Insane asylums in Bengal annual reports 1876-1887 - 1876-1887
Year: 1876
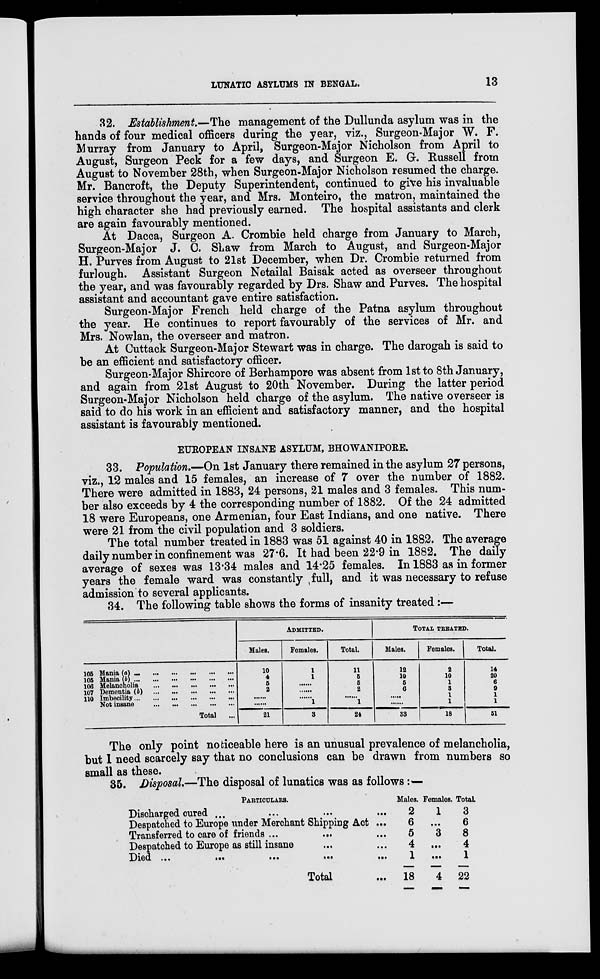
LUNATIC ASYLUMS IN BENGAL.
13
32. Establishment.—The management of the Dullunda asylum was in the
hands of four medical officers during the year, viz., Surgeon-Major W. F.
Murray from January to April, Surgeon-Major Nicholson from April to
August, Surgeon Peck for a few days, and Surgeon E. G. Russell from
August to November 28th, when Surgeon-Major Nicholson resumed the charge.
Mr. Bancroft, the Deputy Superintendent, continued to give his invaluable
service throughout the year, and Mrs. Monteiro, the matron, maintained the
high character she had previously earned. The hospital assistants and clerk
are again favourably mentioned.
At Dacca, Surgeon A. Crombie held charge from January to March,
Surgeon-Major J. C. Shaw from March to August, and Surgeon-Major
H. Purves from August to 21st December, when Dr. Crombie returned from
furlough. Assistant Surgeon Netailal Baisak acted as overseer throughout
the year, and was favourably regarded by Drs. Shaw and Purves. The hospital
assistant and accountant gave entire satisfaction.
Surgeon-Major French held charge of the Patna asylum throughout
the year. He continues to report favourably of the services of Mr. and
Mrs. Nowlan, the overseer and matron.
At Cuttack Surgeon-Major Stewart was in charge. The darogah is said to
be an efficient and satisfactory officer.
Surgeon-Major Shircore of Berhampore was absent from 1st to 8th January,
and again from 21st August to 20th November. During the latter period
Surgeon-Major Nicholson held charge of the asylum. The native overseer is
said to do his work in an efficient and satisfactory manner, and the hospital
assistant is favourably mentioned.
EUROPEAN INSANE ASYLUM, BHOWANIPORE.
33. Population.—On 1st January there remained in the asylum 27 persons,
viz., 12 males and 15 females, an increase of 7 over the number of 1882.
There were admitted in 1883, 24 persons, 21 males and 3 females. This num-
ber also exceeds by 4 the corresponding number of 1882. Of the 24 admitted
18 were Europeans, one Armenian, four East Indians, and one native. There
were 21 from the civil population and 3 soldiers.
The total number treated in 1883 was 51 against 40 in 1882. The average
daily number in confinement was 27.6. It had been 22.9 in 1882. The daily
average of sexes was 13.34 males and 14.25 females. In 1883 as in former
years the female ward was constantly full, and it was necessary to refuse
admission to several applicants.
34. The following table shows the forms of insanity treated:—
105 Mania (a) ... ... ... ... ... ...
105 Mania (b) ... ... ... ... ... ...
106 Melancholia
...
...
...
...
...
107 Dementia (b)
...
...
...
...
...
110 Imbecility ... ... ... ... ... ...
Not insane
...
...
...
...
...
Total ...
ADMITTED.
Males.
10
4
5
2
......
.....
21
Females.
1
1
......
......
......
1
3
Total.
11
5
5
2
......
1
24
TOTAL TREATED.
Males.
12
10
5
6
......
.....
33
Females.
2
10
1
3
1
1
18
Total.
14
20
6
9
1
1
51
The only point noticeable here is an unusual prevalence of melancholia,
but I need scarcely say that no conclusions can be drawn from numbers so
small as these.
35. Disposal.—The disposal of lunatics was as follows:—
PARTICULARS.
Discharged cured ... ... ... ...
Despatched to Europe under Merchant Shipping Act ...
Transferred to care of friends ... ... ...
Despatched to Europe as still insane ... ...
Died ...
...
...
...
...
Total ...
Males.
2
6
5
4
1
18
Females.
1
...
3
...
...
4
Total
3
6
8
4
1
22